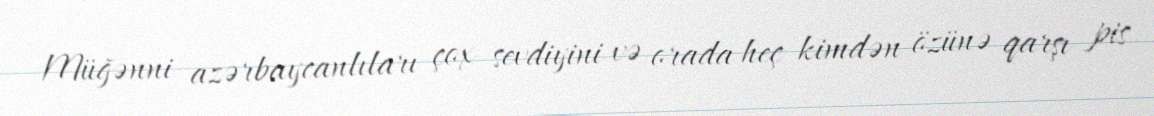
Müğənni azərbaycanlıları çox sevdiyini və orada heç kimdən özünə qarşı pis